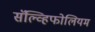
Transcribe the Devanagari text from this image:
सॅल्व्हिफोलियम